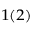
_ { 1 ( 2 ) }